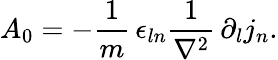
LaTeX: A_{0}=-\frac{1}{m}\, \epsilon_{ln}\frac{1}{\nabla^{2}}\, \partial_{l}j_{n}.